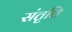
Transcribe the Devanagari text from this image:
संतृत्ति